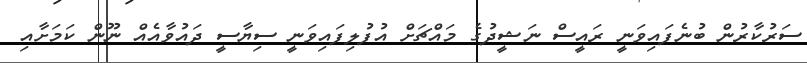
ސަރުކާރުން ބުނެފައިވަނީ ރައީސް ނަޝީދުގެ މައްޗަށް އުފުލިފައިވަނީ ސިޔާސީ ދައުވާއެއް ނޫން ކަމަށާއި